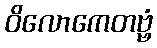
ဝိလောကေတဗ္ဗံ